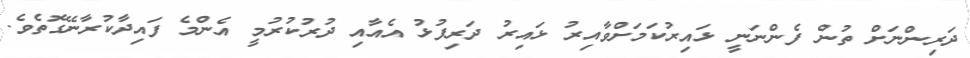
ދަރިންނަށް ތުން ފެންނަނީ ޅައިރުކަމަށްވާއިރު ޅައިރު ދަރިފުޅު އެއާއި ދުރުކުރުމީ އެންމެ ފައިދާކުރާނޭގޮތެވެ.